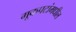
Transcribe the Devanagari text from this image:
मूकपटांमधील